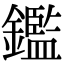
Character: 鑑